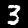
Digit: 3